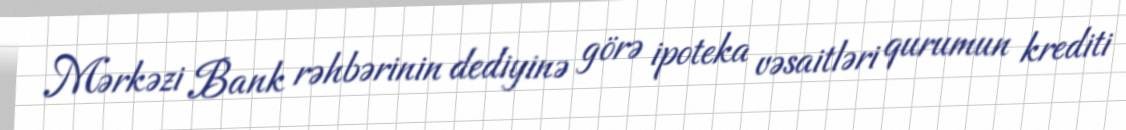
Mərkəzi Bank rəhbərinin dediyinə görə ipoteka vəsaitləri qurumun krediti